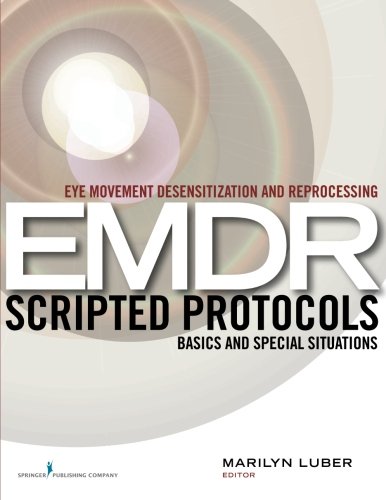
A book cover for Eye Movement Desensitization and Reprocessing (EMDR) Scripted Protocols: Basics and Special Situations; Health, Fitness & Dieting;